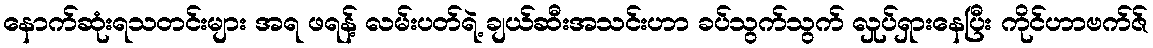
နောက်ဆုံးရသတင်းများ အရ ဖရန့် လမ်းပတ်ရဲ့ ချယ်ဆီးအသင်းဟာ ခပ်သွက်သွက် လှုပ်ရှားနေပြီး ကိုင်ဟာဗက်ဇ်